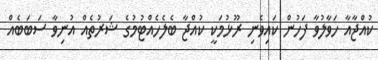
ކުއްޖާއާ ހަވާލުވާ ފަހުން ކައިވެނި ރޫޅުމަކީ ކުއްޖާ ބެލެހެއްޓުމުގެ ޝަރުތެއް އުނިވާ ސަބަބެއް